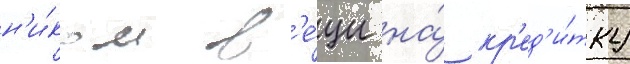
н'и́ком в'е́щи на́ кр'ед'и́тку